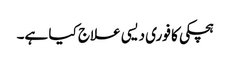
ہچکی کا فوری دیسی علاج کیا ہے۔